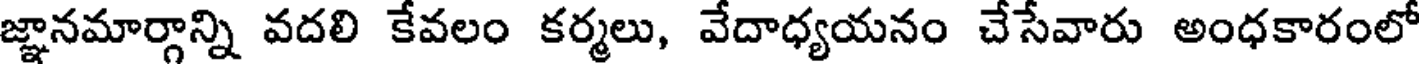
జ్ఞానమార్గాన్ని వదలి కేవలం కర్మలు, వేదాధ్యయనం చేసేవారు అంధకారంలో